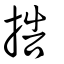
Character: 捁